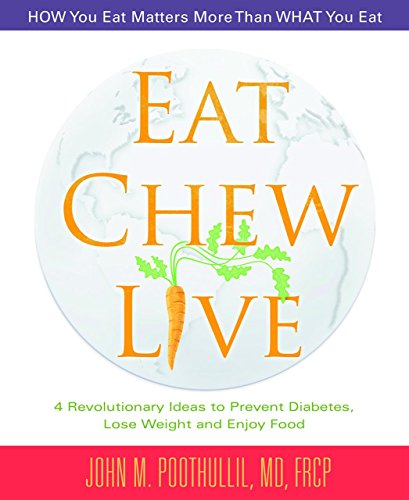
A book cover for Eat, Chew, Live: 4 Revolutionary Ideas to Prevent Diabetes, Lose Weight  and Enjoy Food; John Poothullil  MD; Health, Fitness & Dieting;